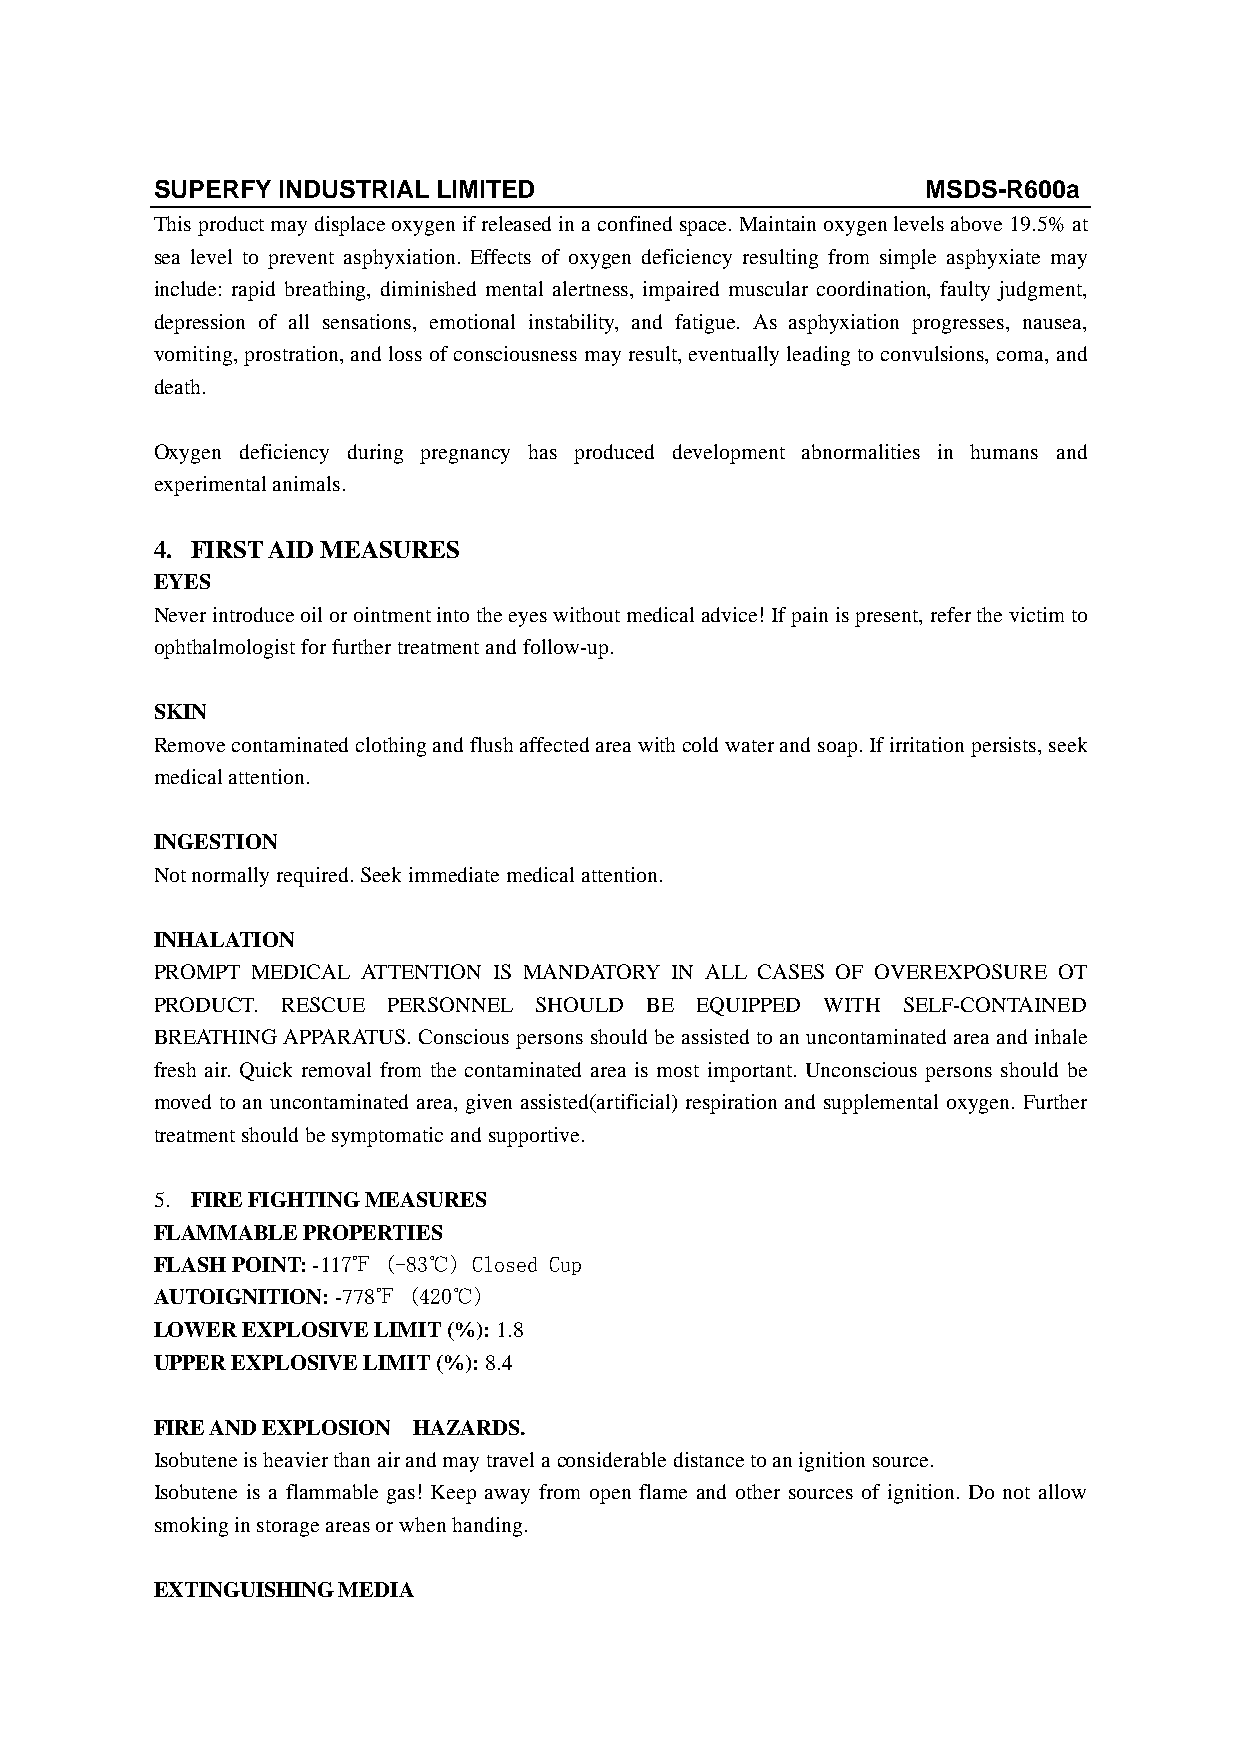
SUPERFY INDUSTRIAL LIMITED                         MSDS-R600a
 This product may displace oxygen if released in a confined space. Maintain oxygen levels above 19.5% at
 sea level to prevent asphyxiation. Effects of oxygen deficiency resulting from simple asphyxiate may
 include: rapid breathing, diminished mental alertness, impaired muscular coordination, faulty judgment,
 depression of all sensations, emotional instability, and fatigue. As asphyxiation progresses, nausea,
 vomiting, prostration, and loss of consciousness may result, eventually leading to convulsions, coma, and
 death.
 Oxygen deficiency during pregnancy has produced development abnormalities in humans and
 experimental animals.
 4. FIRST AID MEASURES
 EYES
 Never introduce oil or ointment into the eyes without medical advice! If pain is present, refer the victim to
 ophthalmologist for further treatment and follow-up.
 SKIN
 Remove contaminated clothing and flush affected area with cold water and soap. If irritation persists, seek
 medical attention.
 INGESTION
 Not normally required. Seek immediate medical attention.
 INHALATION
 PROMPT MEDICAL ATTENTION IS MANDATORY IN ALL CASES OF OVEREXPOSURE OT
 PRODUCT. RESCUE PERSONNEL SHOULD BE EQUIPPED WITH SELF-CONTAINED
 BREATHING APPARATUS. Conscious persons should be assisted to an uncontaminated area and inhale
 fresh air. Quick removal from the contaminated area is most important. Unconscious persons should be
 moved to an uncontaminated area, given assisted(artificial) respiration and supplemental oxygen. Further
 treatment should be symptomatic and supportive.
 5. FIRE FIGHTING MEASURES
 FLAMMABLE PROPERTIES
 FLASH POINT: -117℉ (-83℃) Closed Cup
 AUTOIGNITION: -778℉ (420℃)
 LOWER EXPLOSIVE LIMIT (%): 1.8
 UPPER EXPLOSIVE LIMIT (%): 8.4
 FIRE AND EXPLOSION HAZARDS.
 Isobutene is heavier than air and may travel a considerable distance to an ignition source.
 Isobutene is a flammable gas! Keep away from open flame and other sources of ignition. Do not allow
 smoking in storage areas or when handing.
 EXTINGUISHING MEDIA